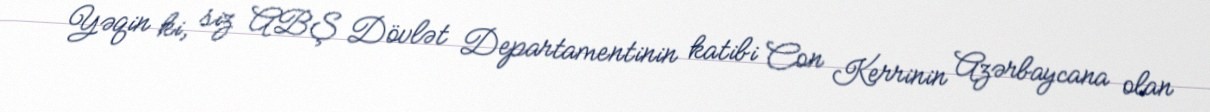
Yəqin ki, siz ABŞ Dövlət Departamentinin katibi Con Kerrinin Azərbaycana olan